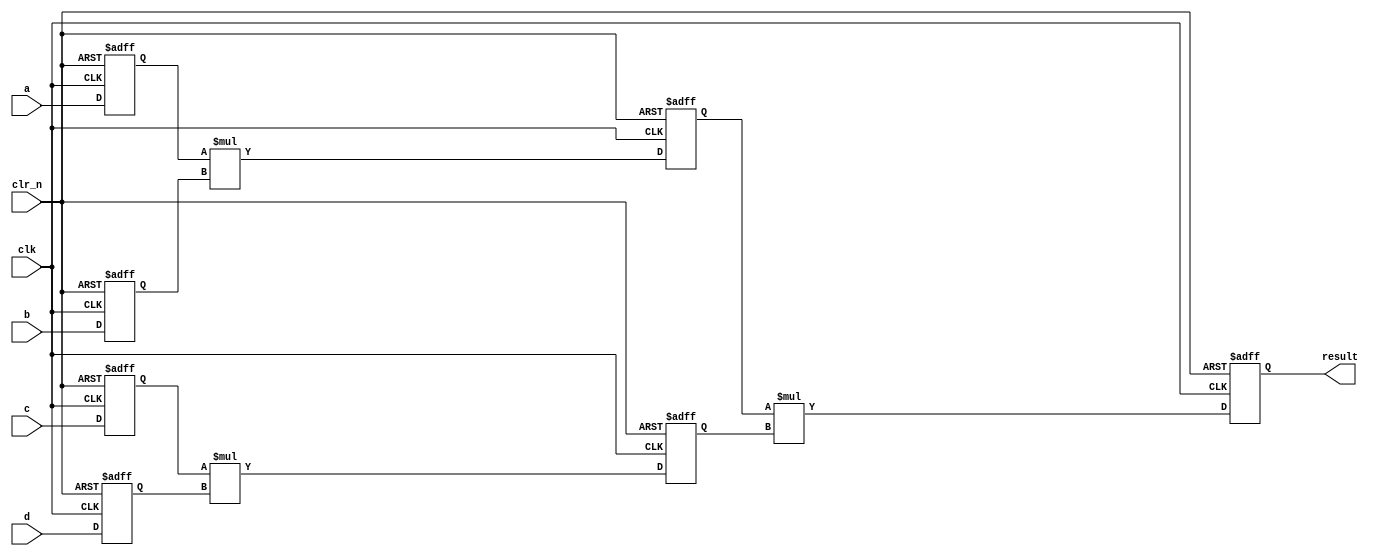
/*******************************************************************************
* Copyright (C) 2018-2022 Intel Corporation
*
* This code and the related documents are Intel copyrighted materials, and
* your use of them is governed by the express license under which they were
* provided to you ("License"). Unless the License provides otherwise, you may
* not use, modify, copy, publish, distribute, disclose or transmit this
* code or the related documents without Intel's prior written permission.
*
* This code and the related documents are provided as is, with no express
* or implied warranties, other than those that are expressly stated in the
* License.
*
*******************************************************************************/

// This design takes in 4 adjustable width inputs and multiplies them all together

module three_mult_pipe (
	input clk, clr_n,
	input [7:0] a, b, c, d,
	output reg [31:0] result
);

reg [7:0] atemp, btemp, ctemp, dtemp;
reg [15:0] abtemp, cdtemp;

always @ (posedge clk, negedge clr_n)
begin
	if (!clr_n) begin
		atemp <= 8'h00;
		btemp <= 8'h00;
		ctemp <= 8'h00;
		dtemp <= 8'h00;
		abtemp <= 16'h0000;
		cdtemp <= 16'h0000;
		result <= 32'h00000000;
	end
	else begin
		atemp <= a;
		btemp <= b;
		ctemp <= c;
		dtemp <= d;
		abtemp <= atemp * btemp;
		cdtemp <= ctemp * dtemp;
		result <=  abtemp * cdtemp;
	end
end

endmodule